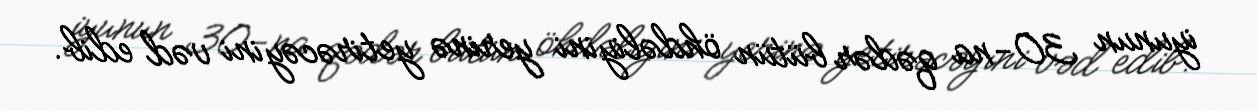
iyunun 30-na qədər bütün öhdəliyini yerinə yetirəcəyini vəd edib.